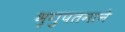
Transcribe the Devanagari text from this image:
भृगुपतनाने